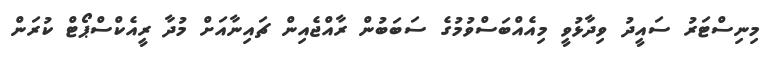
މިިނިސްޓަރު ސައީދު ވިދާޅުވީ މިއެއްބަސްވުމުގެ ސަބަބުން ރާއްޖެއިން ޗައިނާއަށް މުދާ ރީއެކްސްޕޯޓް ކުރަން